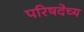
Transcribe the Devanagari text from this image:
परिषदेच्य